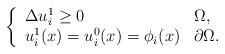
LaTeX: \begin{align*} \left \{ \begin{array}{ll} \Delta u_{i}^{1}\ge 0 & \Omega,\\ u_{i}^{1}(x) =u_{i}^{0}(x)= \phi_{i}(x) & \partial \Omega.\\ \end{array} \right. \end{align*}